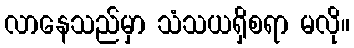
လာနေသည်မှာ သံသယရှိစရာ မလို။